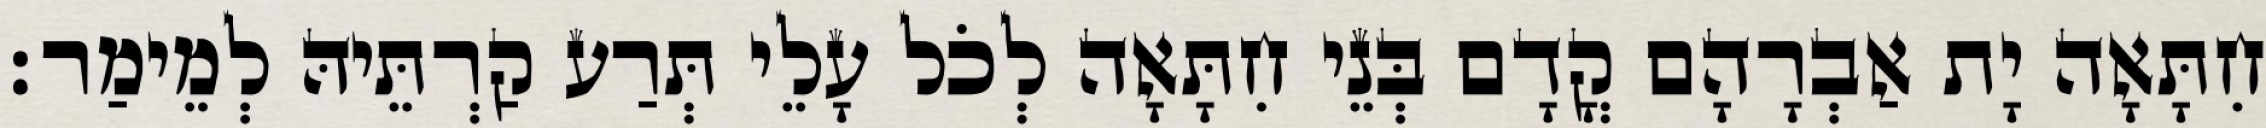
חִתָּאָה יָת אַבְרָהָם קֳדָם בְּנֵי חִתָּאָה לְכֹל עָלֵי תְּרַע קַרְתֵּיהּ לְמֵימַר׃